Veterinary [1909] -
Year: 1909
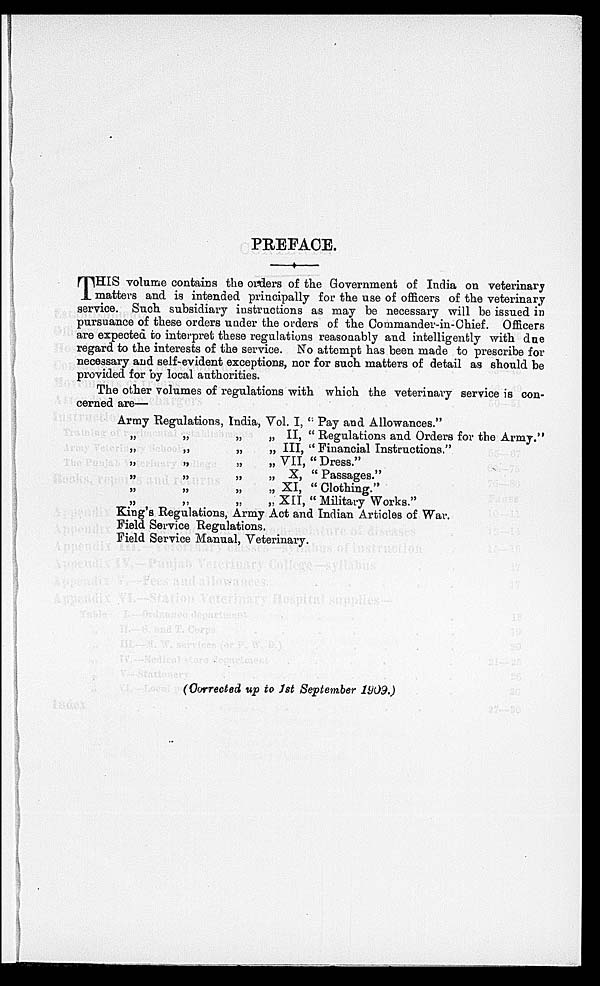
PREFACE.
T HIS volume contains the orders of the Government of India on veterinary
matters and is intended principally for the use of officers of the veterinary
service. Such subsidiary instructions as may be necessary will be issued in
pursuance of these orders under the orders of the Commander-in-Chief.
Officers
are expected to interpret these regulations reasonably and intelligently with due
regard to the interests of the service. No attempt has been made to prescribe for
necessary and self-evident exceptions, nor for such matters of detail as should be
provided for by local authorities.
The other volumes of regulations with which the veterinary service is con-
cerned are—
Army Regulations, India, Vol. I, "
„ „ „ „ II,
„ „ „ „ III,
„ „ „ „ VII,
„ „ „ „ X,
„ „ „ XI,
„ „ „ „ XII,
" Pay and Allowances."
" Regulations and Orders for the Army."
" Financial Instructions,"
" Dress."
" Passages."
" Clothing."
" Military Works."
King's Regulations, Army Act and Indian Articles of War.
Field Service Regulations.
Field Service Manual, Veterinary.
(Corrected up to 1st September 1909.)